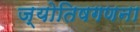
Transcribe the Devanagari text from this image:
ज्योतिषगणना